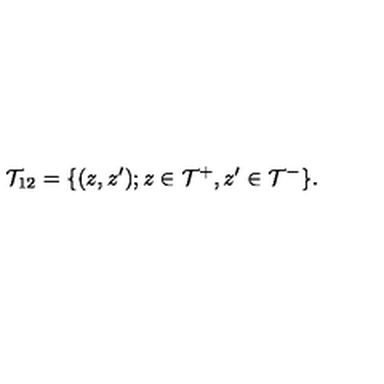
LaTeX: { \cal T } _ { 1 2 } = \{ ( z , z ^ { \prime } ) ; z \in { \cal T } ^ { + } , z ^ { \prime } \in { \cal T } ^ { - } \} .